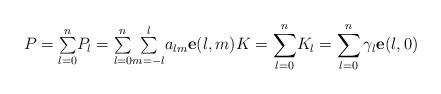
LaTeX: \begin{align*}P={\textstyle\sum\limits_{l=0}^{n}}P_{l}={\textstyle\sum\limits_{l=0}^{n}}{\textstyle\sum\limits_{m=-l}^{l}}a_{lm}\mathbf{e}(l,m)K={\displaystyle\sum\limits_{l=0}^{n}}K_{l}=\sum_{l=0}^{n}\gamma_{l}\mathbf{e}(l,0) \end{align*}